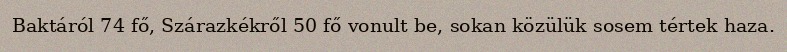
Baktáról 74 fő, Szárazkékről 50 fő vonult be, sokan közülük sosem tértek haza.